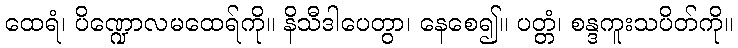
ထေရံ၊ ပိဏ္ဍောလမထေရ်ကို။ နိသီဒါပေတွာ၊ နေစေ၍။ ပတ္တံ၊ စန္ဒကူးသပိတ်ကို။